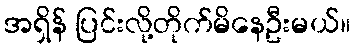
အရှိန် ပြင်းလို့တိုက်မိနေဦးမယ်။